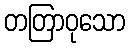
တတြာဝုသော